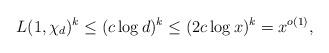
LaTeX: \begin{align*}L(1, \chi_d)^k\leq (c\log d)^{k}\leq (2c\log x)^k=x^{o(1)},\end{align*}